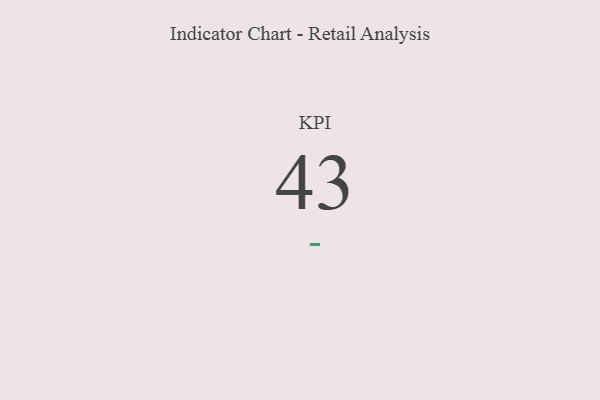
{"axis": {"x": "KPI", "y": "Value"}, "legend": [""], "data": [{"x": "KPI", "y": 43, "type": ""}]}